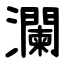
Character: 瀾